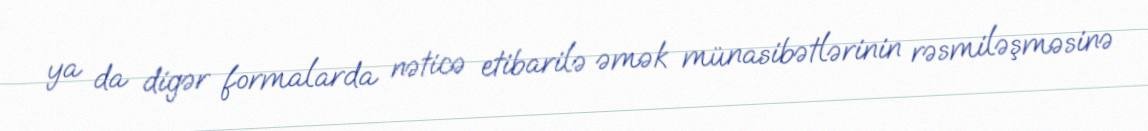
ya da digər formalarda nəticə etibarilə əmək münasibətlərinin rəsmiləşməsinə